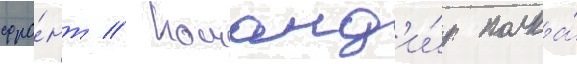
фро́нт // Команд'и́р полка́